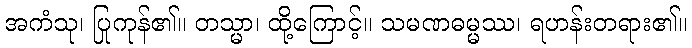
အကံသု၊ ပြုကုန်၏။ တသ္မာ၊ ထို့ကြောင့်။ သမဏဓမ္မဿ၊ ရဟန်းတရား၏။